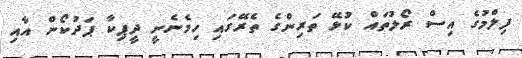
ފިލްމުގެ އިސް ރޯލުތައް ކުޅޭ ތަރިންގެ ތެރޭގައި ހިމެނެނީ ދީޕިކާ ޕަދުކޯން އާއި